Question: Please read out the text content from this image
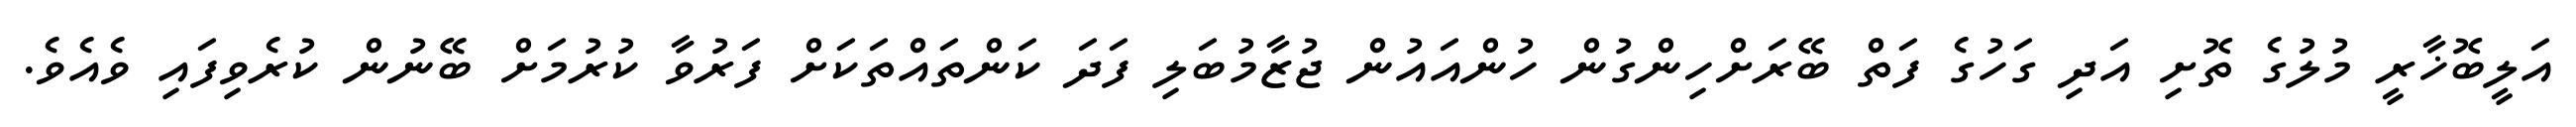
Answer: އަލީބޮޚާރީ މުލުގެ ތޮށި އަދި ގަހުގެ ފަތް ބޭރަށްހިންގުން ހުންއައުން ޖުޒާމުބަލި ފަދަ ކަންތައްތަކަށް ފަރުވާ ކުރުމަށް ބޭނުން ކުރެވިފައި ވެއެވެ.